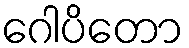
ဂေါပိတော